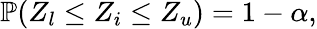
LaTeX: \mathbb{P}(Z_{l}\leq Z_{i}\leq Z_{u})=1-\alpha,